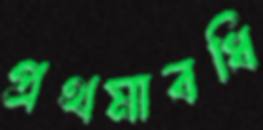
প্রথমাবধি